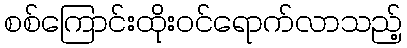
စစ်ကြောင်းထိုးဝင်ရောက်လာသည့်